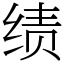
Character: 绩